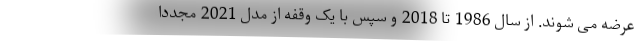
عرضه می شوند. از سال 1986 تا 2018 و سپس با یک وقفه از مدل 2021 مجددا